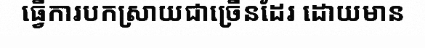
ធ្វើការបកស្រាយជាច្រើនដែរ ដោយមាន